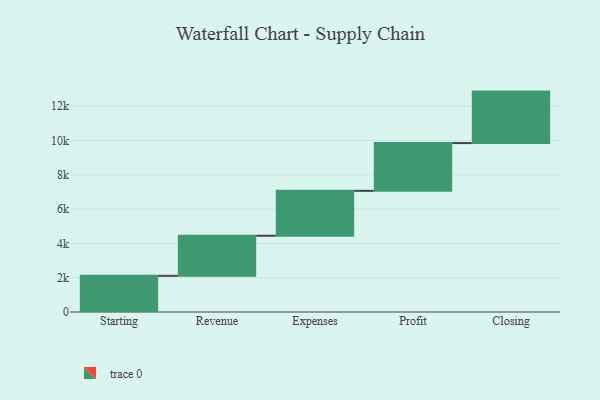
{"axis": {"x": "Step", "y": "Value"}, "legend": [""], "data": [{"x": "Starting", "y": 2109.0, "type": ""}, {"x": "Revenue", "y": 2335.0, "type": ""}, {"x": "Expenses", "y": 2619.0, "type": ""}, {"x": "Profit", "y": 2784.0, "type": ""}, {"x": "Closing", "y": 3000, "type": ""}]}